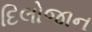
દિલોજાન